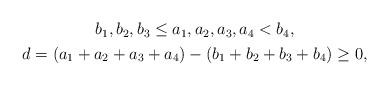
\begin{align*}\begin{gathered}b_1,b_2,b_3\le a_1,a_2,a_3,a_4<b_4,\\d=(a_1+a_2+a_3+a_4)-(b_1+b_2+b_3+b_4)\ge 0,\end{gathered}\end{align*}